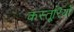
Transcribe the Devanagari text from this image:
कस्तूरियाँ